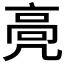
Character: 𱅵